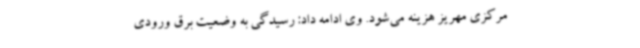
مرکزی مهریز هزینه می‌شود. وی ادامه داد: رسیدگی به وضعیت برق ورودی